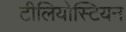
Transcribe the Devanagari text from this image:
टीलियोस्टियन